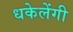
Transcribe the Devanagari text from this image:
धकेलेंगी